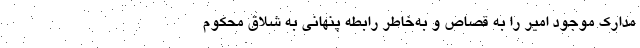
مدارک موجود امیر را به قصاص و به‌خاطر رابطه پنهانی به شلاق محکوم